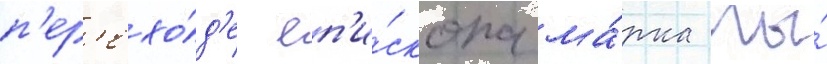
п'ер'ехо́д'е еп'и́скопа ма́рка мы́